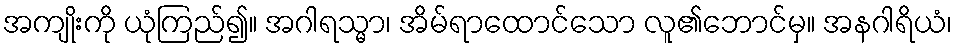
အကျိုးကို ယုံကြည်၍။ အဂါရသ္မာ၊ အိမ်ရာထောင်သော လူ၏ဘောင်မှ။ အနဂါရိယံ၊